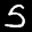
Label: 5